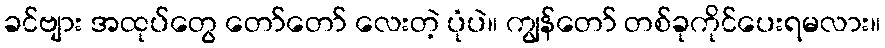
ခင်ဗျား အထုပ်တွေ တော်တော် လေးတဲ့ ပုံပဲ။ ကျွန်တော် တစ်ခုကိုင်ပေးရမလား။